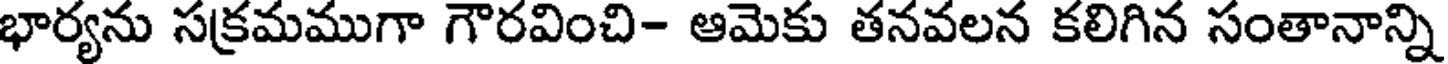
భార్యను సక్రమముగా గౌరవించి- ఆమెకు తనవలన కలిగిన సంతానాన్ని